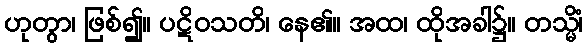
ဟုတွာ၊ ဖြစ်၍။ ပဋိဝသတိ၊ နေ၏။ အထ၊ ထိုအခါ၌။ တသ္မိံ၊